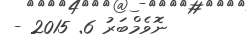
ނޮވެމްބަރު 6